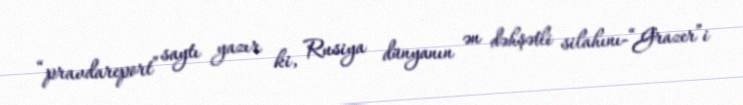
“pravdareport” saytı yazır ki, Rusiya dünyanın ən dəhşətli silahını-“Grazer”i